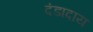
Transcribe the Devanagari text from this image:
दंडादाय